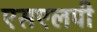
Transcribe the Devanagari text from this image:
एसएलपी